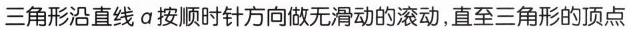
三角形沿直线a按顺时针方向做无滑动的滚动，直至三角形的顶点